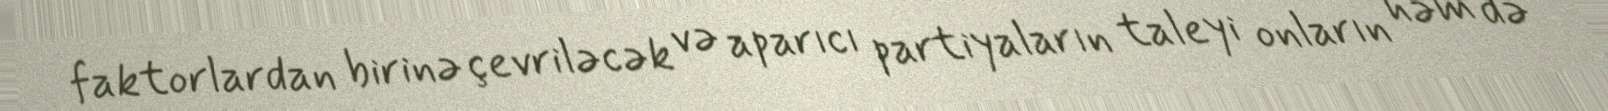
faktorlardan birinə çevriləcək və aparıcı partiyaların taleyi onların həm də